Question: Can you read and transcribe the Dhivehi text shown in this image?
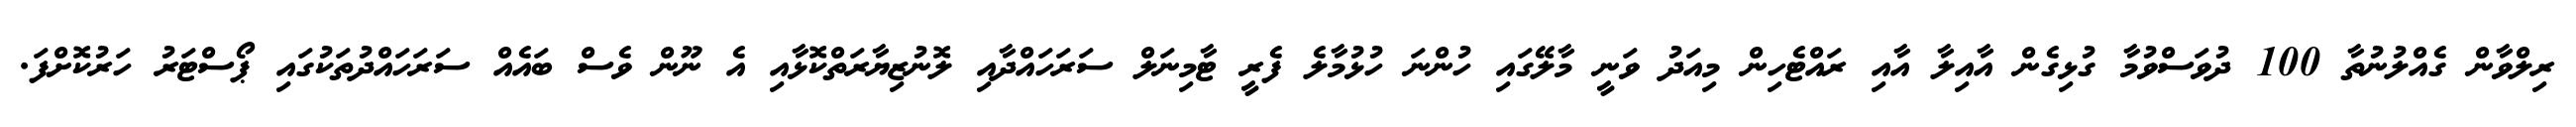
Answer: ރިލްވާން ގެއްލުނުތާ 100 ދުވަސްވުމާ ގުޅިގެން އާއިލާ އާއި ރައްޓެހިން މިއަދު ވަނީ މާލޭގައި ހުންނަ ހުޅުމާލެ ފެރީ ޓާމިނަލް ސަރަހައްދާއި ލޮނުޒިޔާރަތްކޮޅާއި އެ ނޫން ވެސް ބައެއް ސަރަހައްދުތަކުގައި ޕޯސްޓަރު ހަރުކޮށްފަ.